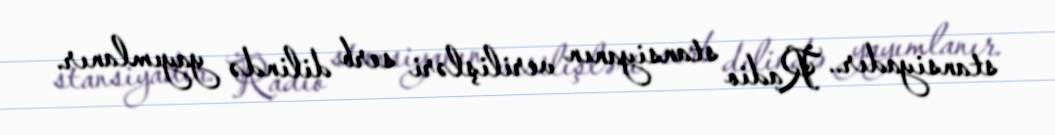
stansiyadır.. Radio stansiyanın verilişləri serb dilində yayımlanır.